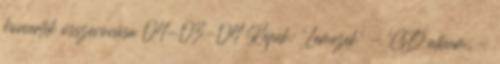
koncertek összevonása 04-03-04 Képek: 'Lemezek' - 'CD album, -